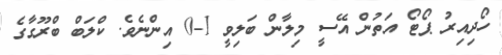
ހޯދިއިރު ޕޯޓޯ އަތުން އޭސީ މިލާން ބަލިވީ 1-0 އިންނެވެ. ކްލަބް ބްރޫގާގެ